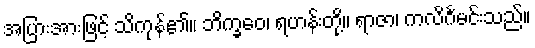
အပြားအားဖြင့် သိကုန်၏။ ဘိက္ခဝေ၊ ရဟန်းတို့။ ရာဇာ၊ ကလိင်္ဂမင်းသည်။